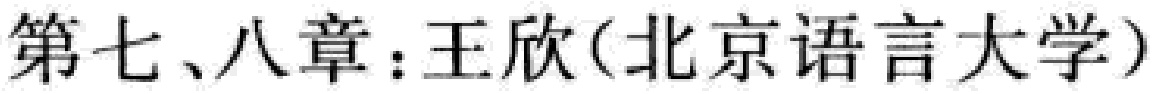
第七、八章：王欣（北京语言大学）